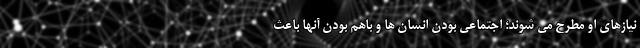
نیازهای او مطرح می شوند؛ اجتماعی بودن انسان ها و باهم بودن آنها باعث